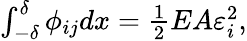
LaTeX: \begin{array}{r}{\int_{-\delta}^{\delta}\phi_{ij}dx=\frac 12EA\varepsilon_{i}^{2},}\end{array}